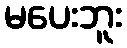
မပေးဘူး